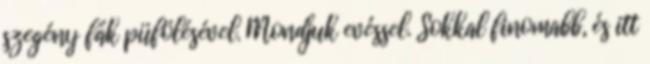
szegény fák püfölésével. Mondjuk evéssel. Sokkal finomabb, és itt